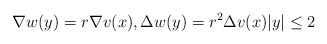
\begin{align*} \nabla w(y) = r\nabla v(x),\Delta w(y) =r^2 \Delta v(x) |y|\leq 2\end{align*}